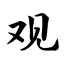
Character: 观